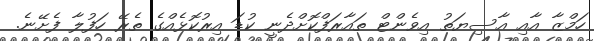
ހަމްޒާ އާއި އާސިޔަތު އިވެންޓް ތައާރަފްކޮށްދެނީ ކުޑަ އިރުކޮޅެއްގެ ތެރޭ ހަފުލާ ފެށޭނެ.